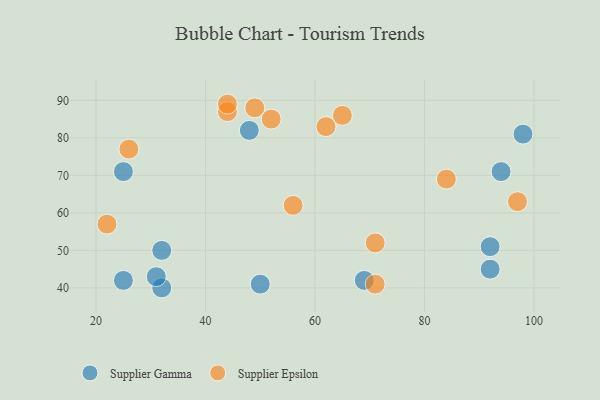
{"axis": {"x": "GDP", "y": "Life Expectancy"}, "legend": ["Supplier Epsilon", "Supplier Gamma"], "data": [{"x": "32", "y": 50, "type": "Supplier Gamma"}, {"x": "25", "y": 71, "type": "Supplier Gamma"}, {"x": "94", "y": 71, "type": "Supplier Gamma"}, {"x": "98", "y": 81, "type": "Supplier Gamma"}, {"x": "92", "y": 51, "type": "Supplier Gamma"}, {"x": "25", "y": 42, "type": "Supplier Gamma"}, {"x": "48", "y": 82, "type": "Supplier Gamma"}, {"x": "69", "y": 42, "type": "Supplier Gamma"}, {"x": "92", "y": 45, "type": "Supplier Gamma"}, {"x": "50", "y": 41, "type": "Supplier Gamma"}, {"x": "32", "y": 40, "type": "Supplier Gamma"}, {"x": "31", "y": 43, "type": "Supplier Gamma"}, {"x": "22", "y": 57, "type": "Supplier Epsilon"}, {"x": "56", "y": 62, "type": "Supplier Epsilon"}, {"x": "44", "y": 87, "type": "Supplier Epsilon"}, {"x": "84", "y": 69, "type": "Supplier Epsilon"}, {"x": "97", "y": 63, "type": "Supplier Epsilon"}, {"x": "71", "y": 41, "type": "Supplier Epsilon"}, {"x": "65", "y": 86, "type": "Supplier Epsilon"}, {"x": "26", "y": 77, "type": "Supplier Epsilon"}, {"x": "49", "y": 88, "type": "Supplier Epsilon"}, {"x": "44", "y": 89, "type": "Supplier Epsilon"}, {"x": "62", "y": 83, "type": "Supplier Epsilon"}, {"x": "52", "y": 85, "type": "Supplier Epsilon"}, {"x": "71", "y": 52, "type": "Supplier Epsilon"}]}